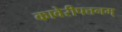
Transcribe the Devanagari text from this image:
कावेरीपत्तनम्